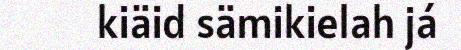
kiäid sämikielah já